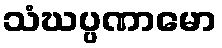
သံဃပ္ပဏာမော